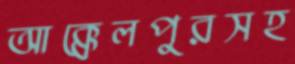
আক্কেলপুরসহ